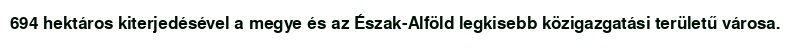
694 hektáros kiterjedésével a megye és az Észak-Alföld legkisebb közigazgatási területű városa.